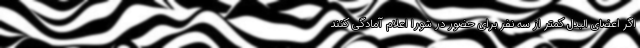
اگر اعضای البدل کمتر از سه نفر برای حضور در شورا اعلام آمادگی کنند